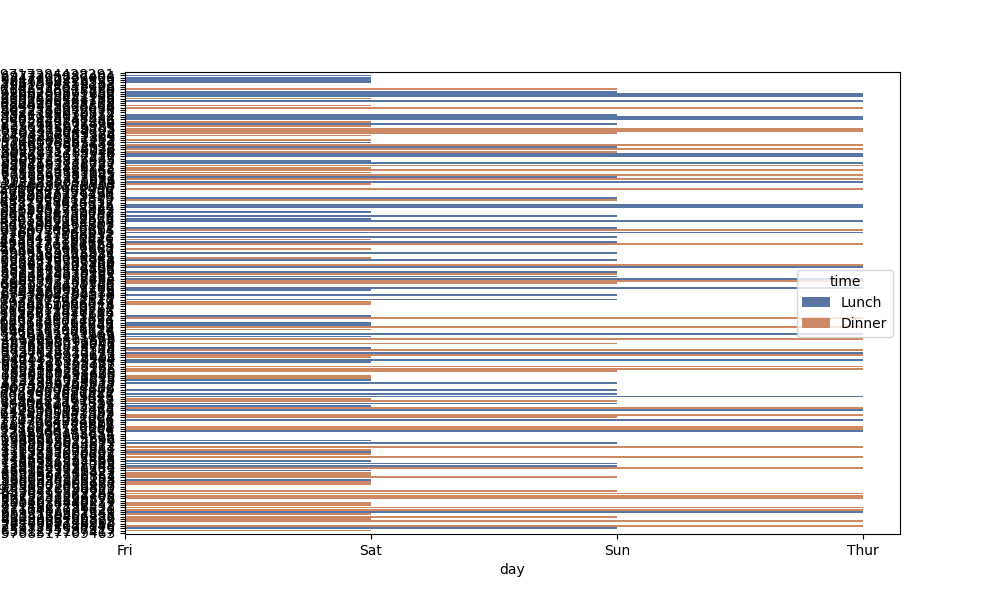
python, seaborn, barplot, hue='time', palette='deep', ci=None, orient='h'